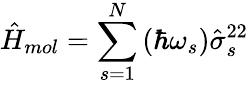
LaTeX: \hat{H}_{mol}=\sum_{s=1}^{N}\left(\hbar\omega_{s}\right)\hat{\sigma}_{s}^{22}